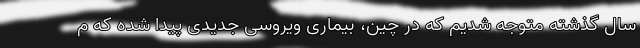
سال گذشته متوجه شدیم که در چین، بیماری ویروسی جدیدی پیدا شده که م